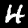
Digit: 4